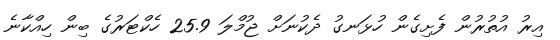
އިރު އުތުރުން ފެށިގެން ހުޅަނގު ދެކުނަށް ޖުމްލަ 25.9 ހެކްޓަރުގެ ބިން ހިއްކާނެ